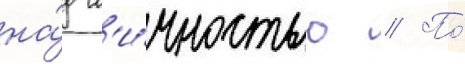
на́д л'и́чностью // По́